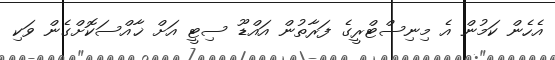
އެހެން ކަމުން އެ މިނިސްޓްރީގެ ފަރާތުން އައްޑޫ ސިޓީ އަށް ޚާއްސަކޮށްގެން ވަކި